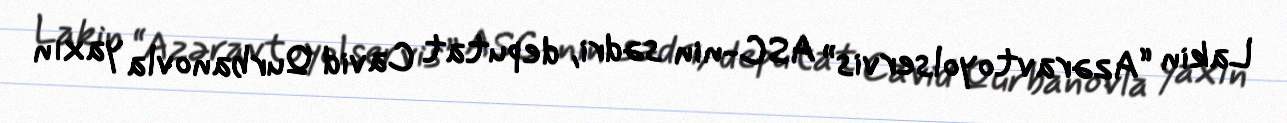
Lakin “Azəravtoyolservis” ASC-nin sədri, deputat Cavid Qurbanovla yaxın